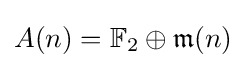
A(n)=\mathbb {F} _{2}\oplus {\mathfrak {m}}(n)